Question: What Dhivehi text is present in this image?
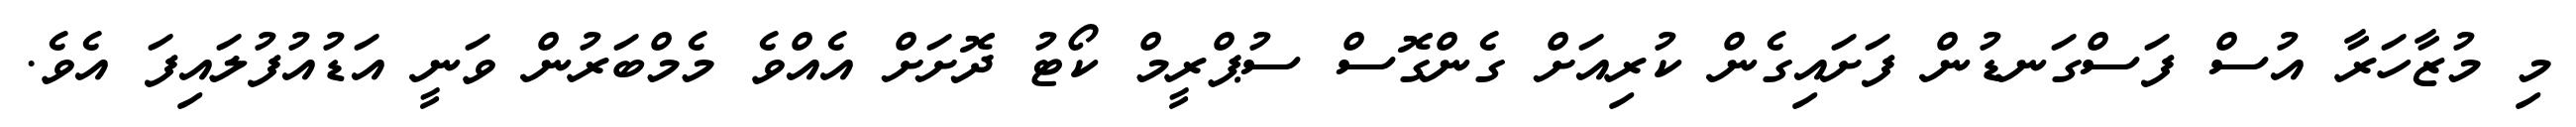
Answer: މި މުޒާހަރާ އުސް ފަސްގަނޑުން ފަށައިގެން ކުރިއަށް ގެންގޮސް ސުޕްރީމް ކޯޓު ދޮށަށް އެއްވެ މެމްބަރުން ވަނީ އަޑުއުފުލައިފަ އެވެ.